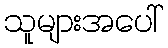
သူများအပေါ်